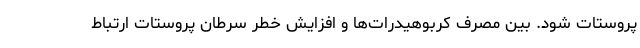
پروستات شود. بین مصرف کربوهیدرات‌ها و افزایش خطر سرطان پروستات ارتباط